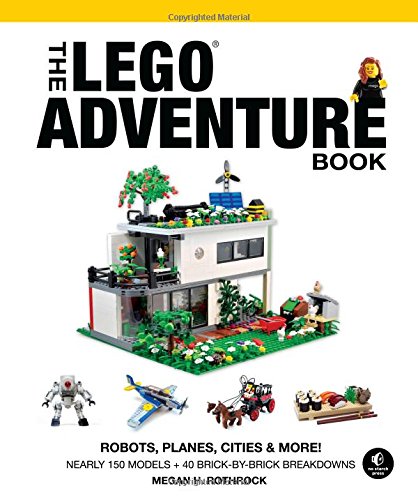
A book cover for The LEGO Adventure Book, Vol. 3: Robots, Planes, Cities & More!; Megan H. Rothrock; Crafts, Hobbies & Home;